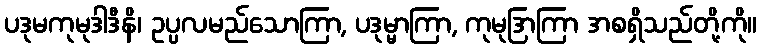
ပဒုမကုမုဒါဒီနိ၊ ဥပ္ပလမည်သောကြာ, ပဒုမ္မာကြာ, ကုမုဒြာကြာ အစရှိသည်တို့ကို။